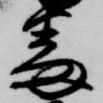
番